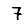
Digit: 7